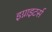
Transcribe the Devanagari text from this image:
इग्नाइटर्स